Civil Veterinary Dept. North-West Frontier Province 1901-22 - 1901-1922
Year: 1901
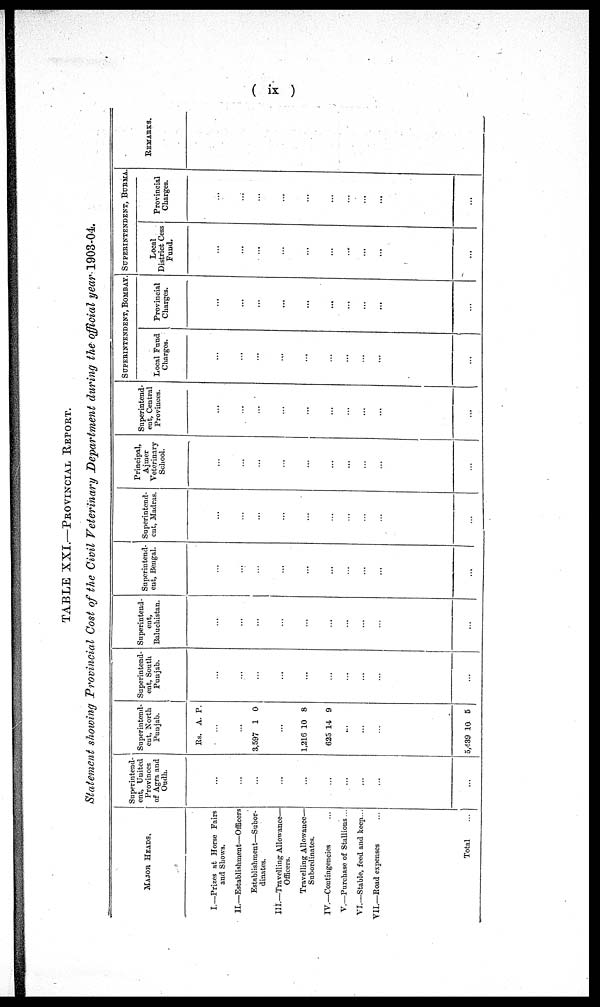
TABLE XXI.—PROVINCIAL REPORT.
Statement showing Provincial Cost of the Civil Veterinary Department during the official year 1903-04.
MAJOR HEADS.
I.—Prizes at Horse Fairs
and Shows.
II.—Establishment—Officers
Establishment—Subor-
dinates.
III.—Travelling Allowance—
Officers.
Travelling Allowance—
Subordinates.
IV.—Contingencies ...
V.—Purchase of Stallions ...
VI.—Stable, feed and keep...
VII.—Road expenses ...
Total ...
Superintend-
ent, United
Provinces
of Agra and
Oudh.
...
...
...
...
...
...
...
...
...
...
Superinted-
ent,North
Punjab.
Rs. A. P.
...
...
3,597 1 0
...
1,216
625
10
14
8
9
...
...
...
5,439 10 5
Superintend-
ent, South
Punjab.
...
...
...
...
...
...
...
...
...
...
Superintend-
ent,
Baluchistan.
...
...
...
...
...
...
...
...
...
...
Superintend-
ent, Bengal.
...
...
...
...
...
...
...
...
...
. . .
Superintend-
ent, Madras.
...
...
...
...
...
...
...
...
...
...
Principal,
Ajmer
Veterinary
School.
...
...
...
...
...
...
...
...
...
...
Superintend-
ent, Central
Provinces.
...
...
...
...
...
...
...
...
...
...
SUPERINTENT,
BOMBAY
Local Fund
Charges.
...
...
...
...
....
...
...
...
...
...
Provincial
Charges.
...
...
...
...
...
...
...
...
...
...
SUPERINTENT,
BURMA
District Cess
Fund.
...
...
...
...
...
...
...
...
...
...
Provincial
Charges.
...
...
...
...
...
...
...
...
...
...
REMARKS